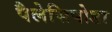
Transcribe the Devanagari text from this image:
पैलेसिपोडा